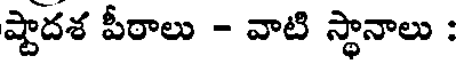
ష్టాదశ పీరాలు - వాటి స్థానాలు :